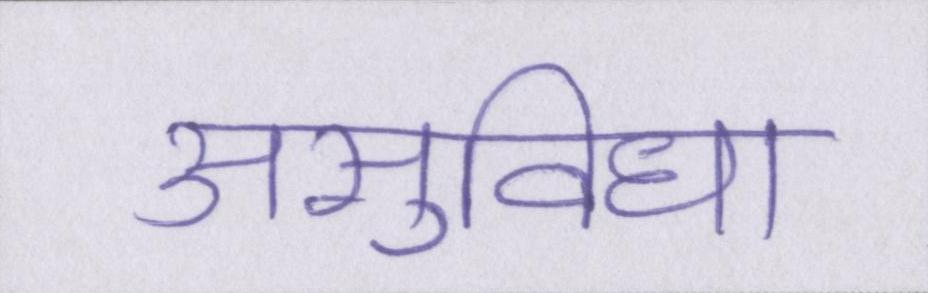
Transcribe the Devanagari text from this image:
असुविधा